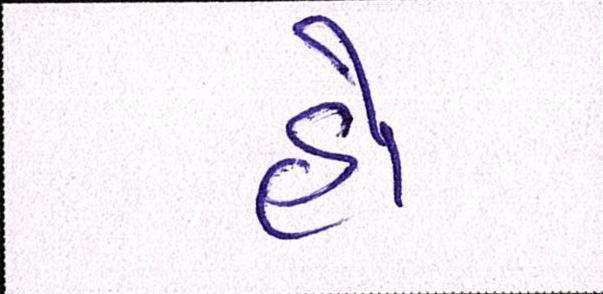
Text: હો